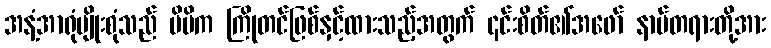
အနံ့အာရုံမျိုးစုံသည် မိမိက ကြိုတင်ဖြစ်နှင့်ထားသည့်အတွက် ၎င်းစိတ်၏အဖော် နာမ်တရားတို့အား